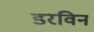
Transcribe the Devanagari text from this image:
डरविन